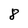
Character: 8